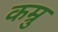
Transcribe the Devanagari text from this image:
कम्रु